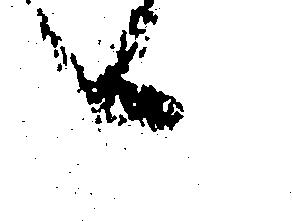
へ